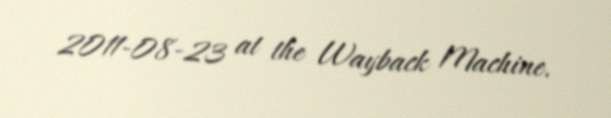
2011-08-23 at the Wayback Machine.